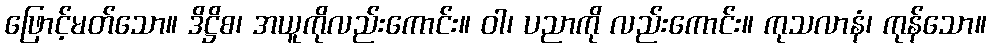
ဖြောင့်မတ်သော။ ဒိဋ္ဌိစ၊ အယူကိုလည်းကောင်း။ ဝါ၊ ပညာကို လည်းကောင်း။ ကုသလာနံ၊ ကုန်သော။